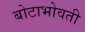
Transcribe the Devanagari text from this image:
बोटाभोवती